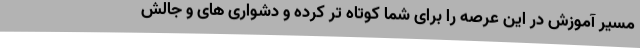
مسیر آموزش در این عرصه را برای شما کوتاه تر کرده و دشواری های و جالش